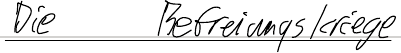
Die Befreiungskriege